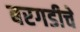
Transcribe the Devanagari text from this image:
बरगडीचे